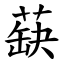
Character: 蒛